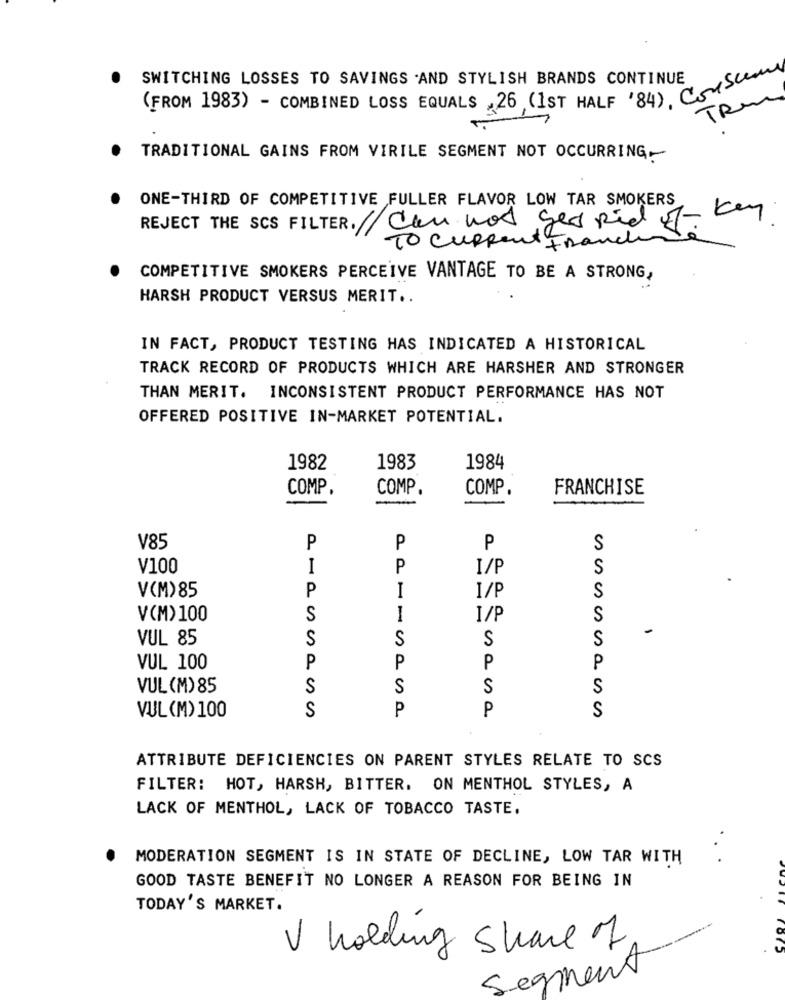
SWITCHING LOSSES TO SAVINGS .AND STYLISH BRANDS CONTINUE
(FROM 1983) - COMBINED LOSS EQUALS 26 (1ST HALF '84) Crescem
TRU
TRADITIONAL GAINS FROM VIRILE SEGMENT NOT OCCURRING-
ONE-THIRD OF COMPETITIVE FULLER FLAVOR LOW TAR SMOKERS
key
REJECT THE SCS FILTER. Can not ges Rid of.
TO Current Franc
COMPETITIVE SMOKERS PERCEIVE VANTAGE TO BE A STRONG,
HARSH PRODUCT VERSUS MERIT ..
IN FACT, PRODUCT TESTING HAS INDICATED A HISTORICAL
TRACK RECORD OF PRODUCTS WHICH ARE HARSHER AND STRONGER
THAN MERIT. INCONSISTENT PRODUCT PERFORMANCE HAS NOT
OFFERED POSITIVE IN-MARKET POTENTIAL.
1982
1983
1984
COMP.
COMP.
COMP.
FRANCHISE
P
V85
P
P
S
V100
I
P
I/P
S
V(M)85
P
I
I/P
S
V(M)100
S
I
I/P
S
VUL 85
S
S
S
S
P
P
P
P
VUL 100
VUL(M)85
S
S
S
S
S
P
P
S
VUL (M) 100
ATTRIBUTE DEFICIENCIES ON PARENT STYLES RELATE TO SCS
FILTER: HOT, HARSH, BITTER. ON MENTHOL STYLES, A
LACK OF MENTHOL, LACK OF TOBACCO TASTE.
MODERATION SEGMENT IS IN STATE OF DECLINE, LOW TAR WITH
GOOD TASTE BENEFIT NO LONGER A REASON FOR BEING IN
TODAY'S MARKET.
V holding share of
Segment